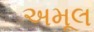
અમૂલ